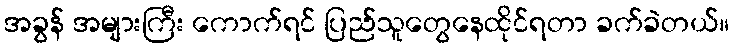
အခွန် အများကြီး ကောက်ရင် ပြည်သူတွေနေထိုင်ရတာ ခက်ခဲတယ်။